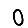
Digit: 0